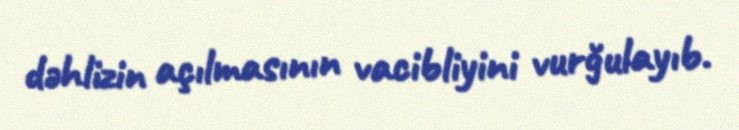
dəhlizin açılmasının vacibliyini vurğulayıb.